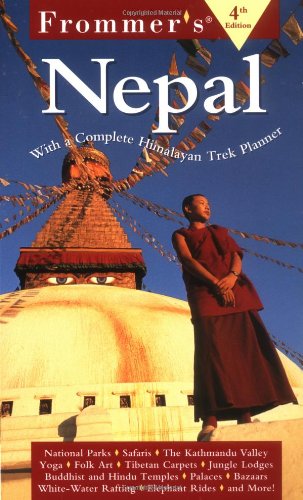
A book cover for Frommer's Nepal; Karl Samson; Travel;